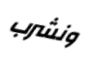
ونشرب